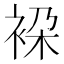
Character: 𧙤